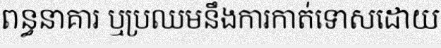
ពន្ធនាគារ ឬប្រឈមនឹងការកាត់ទោសដោយ